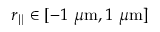
r _ { \parallel } \in [ - 1 \ \mu \mathrm { m } , 1 \ \mu \mathrm { m } ]